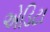
એડિટા